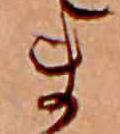
ま